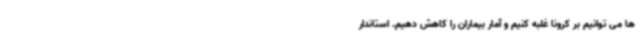
ها می توانیم بر کرونا غلبه کنیم و آمار بیماران را کاهش دهیم. استاندار